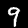
Label: 9